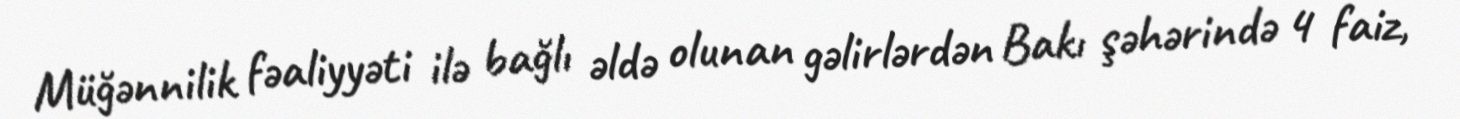
Müğənnilik fəaliyyəti ilə bağlı əldə olunan gəlirlərdən Bakı şəhərində 4 faiz,